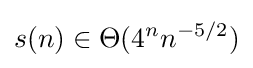
s(n)\in \Theta (4^{n}n^{-5/2})